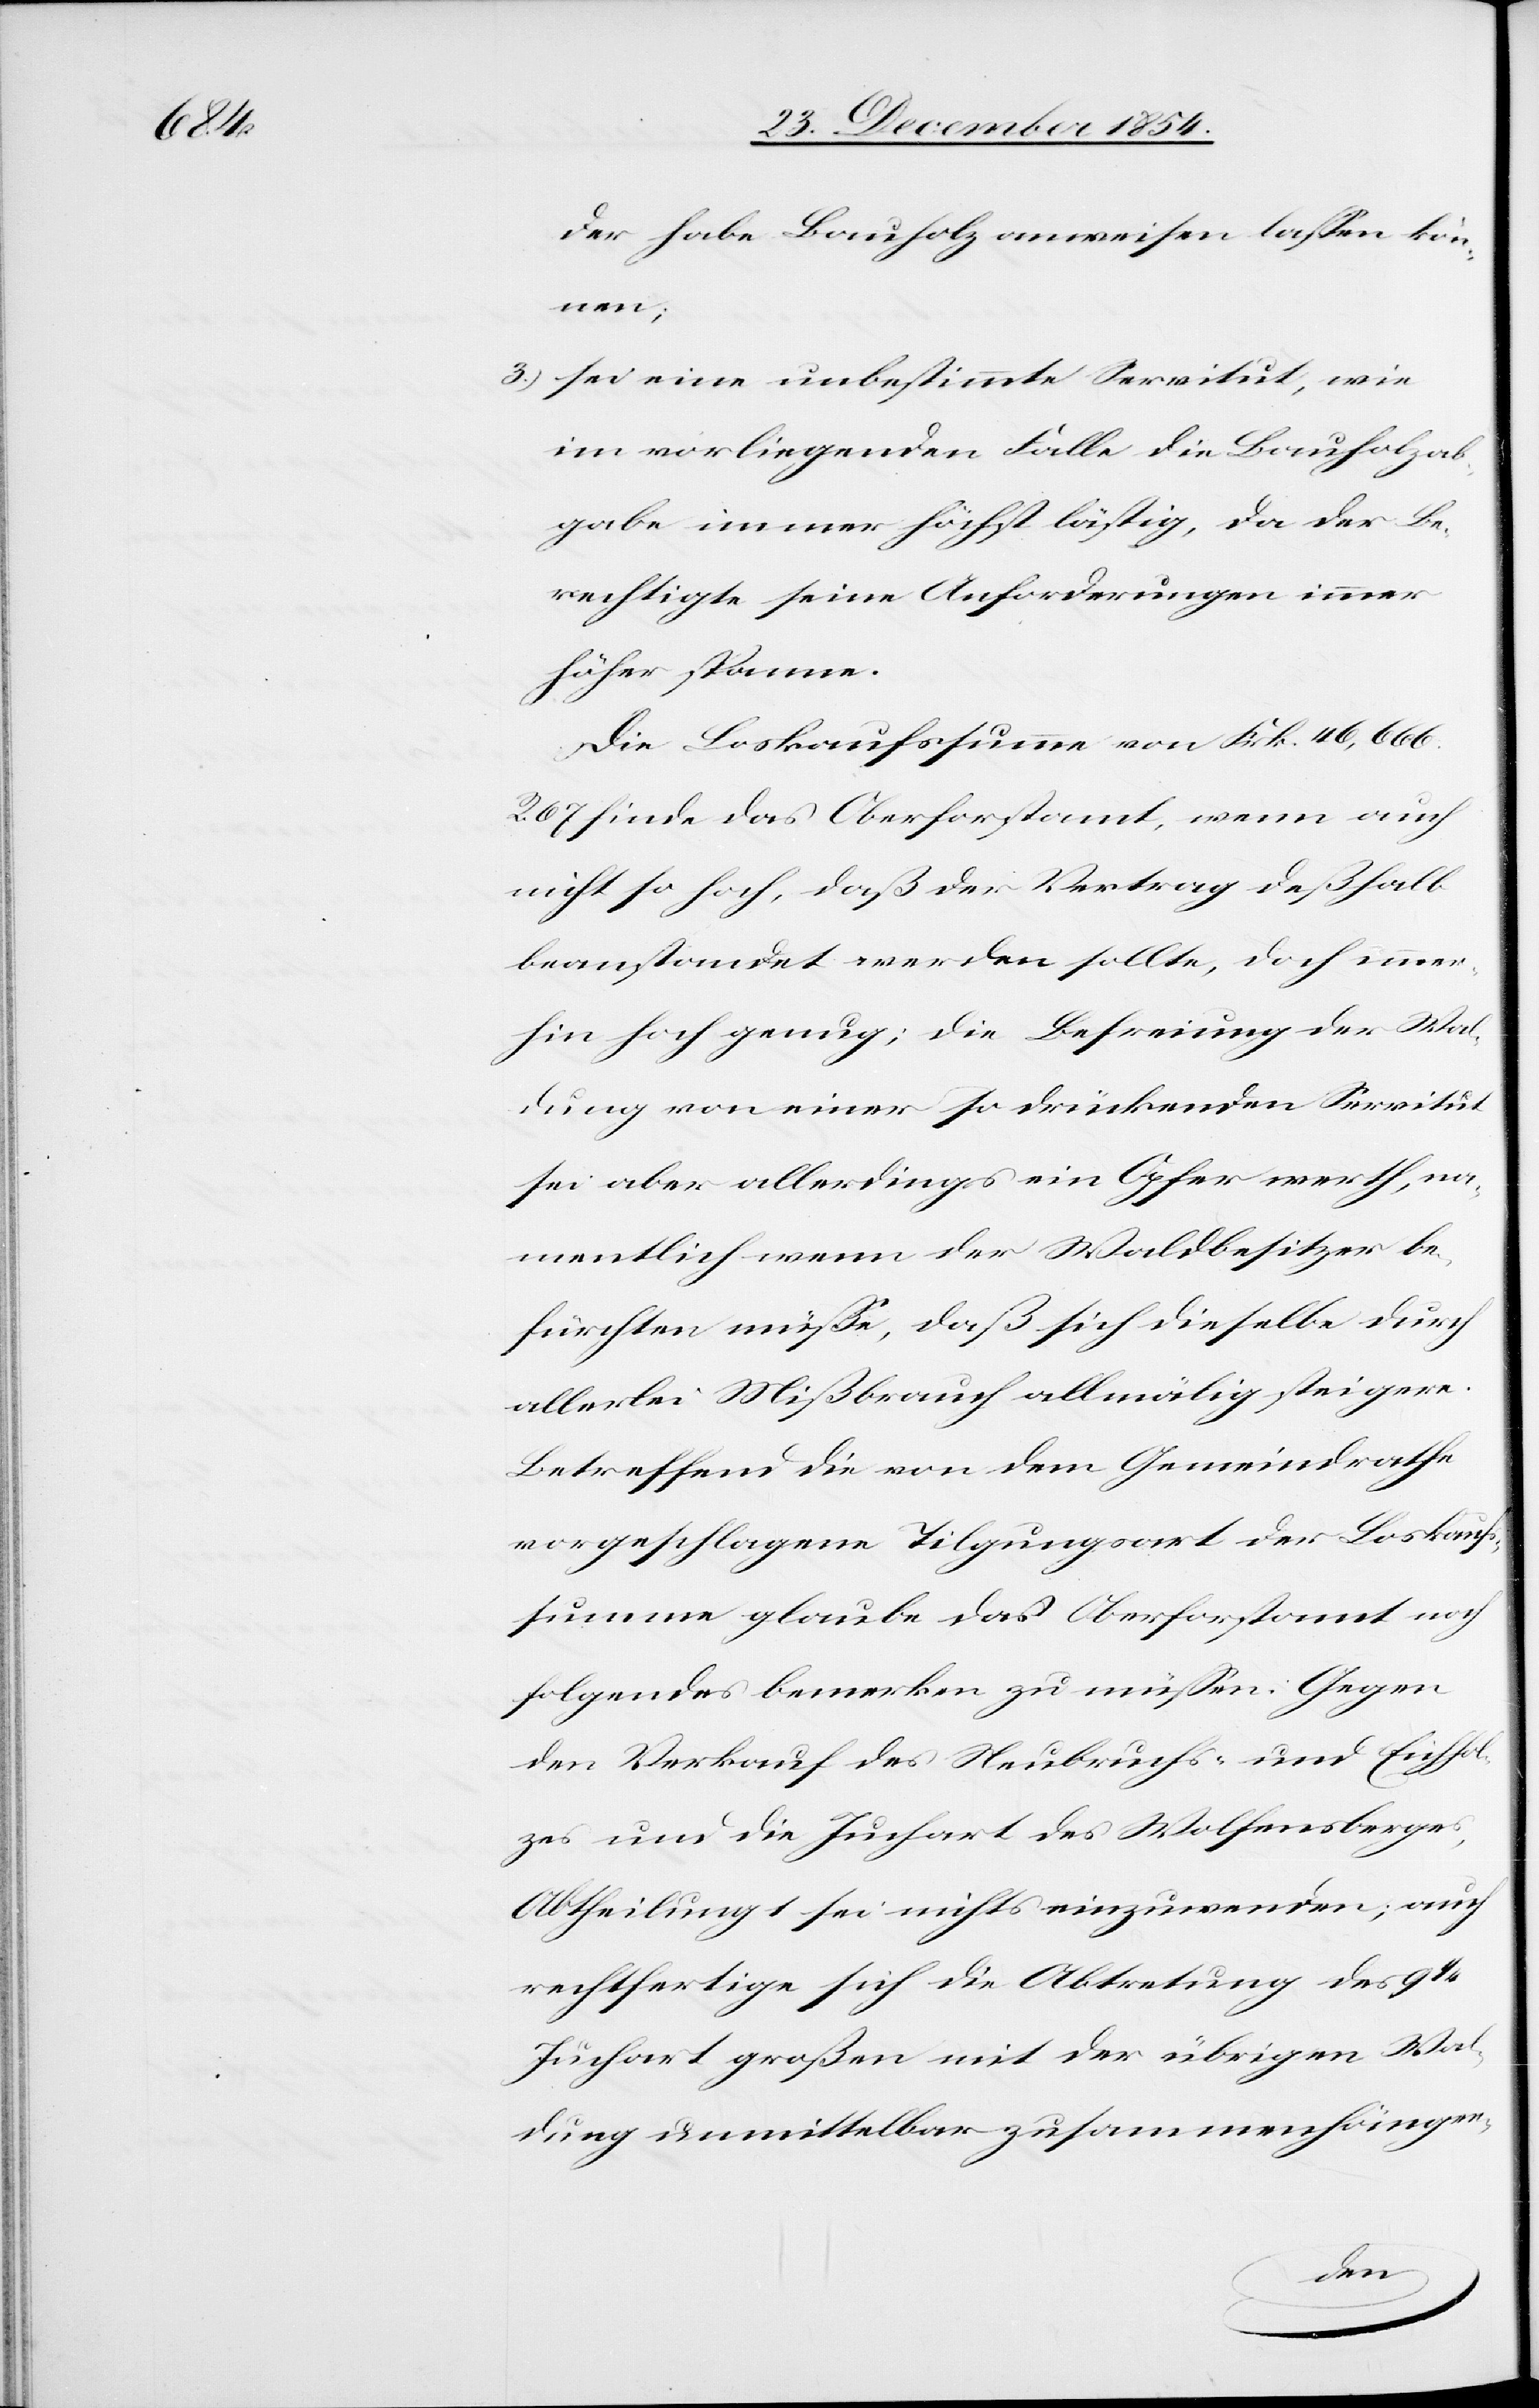
der habe Bauholz anweisen laßen kön¬
nen;
3.) sei eine unbestimmte Servitut, wie
im vorliegenden Falle die Bauholzab¬
gabe immer höchst lästig, da der Be¬
rechtigte seine Anforderungen immer
höher spanne.
Die Loskaufssumme von Frk. 46,666.
67 finde das Oberforstamt, wenn auch
nicht so hoch, daß der Vertrag deßhalb
beanstandet werden sollte, doch immer¬
hin hoch genug; die Befreiung der Wal¬
dung von einer so drückenden Servitut
sei aber allerdings ein Opfer werth, na¬
mentlich wenn der Waldbesitzer be¬
fürchten müße, daß sich dieselbe durch
allerlei Mißbrauch allmälig steigere.
Betreffend die von dem Gemeindrathe
vorgeschlagene Tilgungsart der Loskaufs¬
summe glaube das Oberforstamt noch
folgendes bemerken zu müßen: Gegen
den Verkauf des Neubruchs- und Eichhol¬
zes und die Juchart des Wolfensberges,
Abtheilung 1 sei nichts einzuwenden; auch
rechtfertige sich die Abtretung des 9
Juchart großen mit der übrigen Wal¬
dung unmittelbar zusammenhängen-